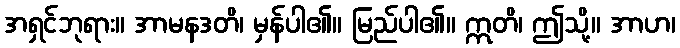
အရှင်ဘုရား။ အာမနဒတိ၊ မှန်ပါ၏။ မြည်ပါ၏။ ဣတိ၊ ဤသို့။ အာဟ၊